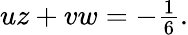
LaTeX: \begin{array}{r}{uz+vw=-\frac{1}{6}.}\end{array}